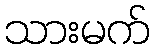
သားမက်